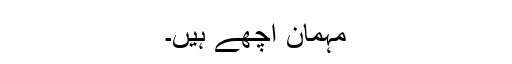
مہمان اچھے ہیں۔